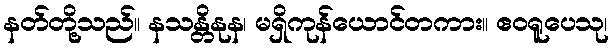
နတ်တို့သည်။ နသန္တိနုန၊ မရှိကုန်ယောင်တကား။ ဧဝရူပေသု၊